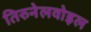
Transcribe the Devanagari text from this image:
तिरुनेलवोइल